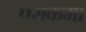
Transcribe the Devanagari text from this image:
पराक्रमा